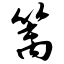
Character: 篱